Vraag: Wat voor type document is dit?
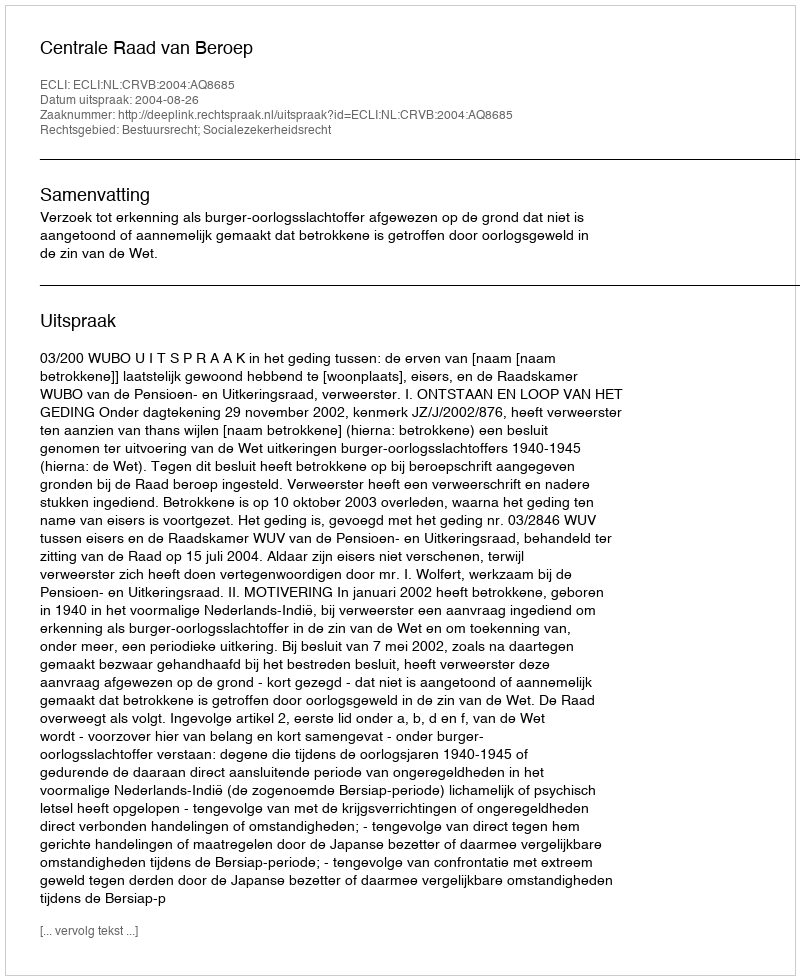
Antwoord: Uitspraak